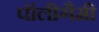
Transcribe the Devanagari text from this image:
पॉलीगैमी